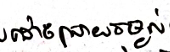
ដោះស្រាយចម្ងល់